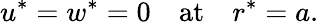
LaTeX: u^{*}=w^{*}=0\quad\mathrm{at}\quad r^{*}=a.